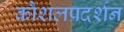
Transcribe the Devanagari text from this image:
कौशलप्रदर्शन